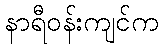
နာရီဝန်းကျင်က